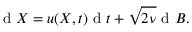
\textrm { d } X = u ( X , t ) \textrm { d } t + \sqrt { 2 \nu } \textrm { d } B .